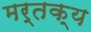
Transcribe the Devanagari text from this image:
मर्तक्य